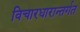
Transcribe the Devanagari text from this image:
विचारधारान्तर्गत